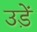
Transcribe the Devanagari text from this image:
उड़ें